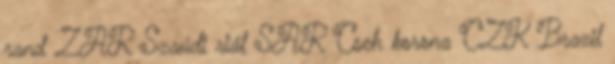
rand ZAR Szaúdi riál SAR Cseh korona CZK Brazil